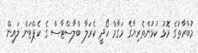
މުބާރާތުގެ މޮޅު ކުޅުންތެރިޔާގެ މަގާމް ހޯދީ ކެރަލާ ބްލާސްޓާސް ގެ ކެޕްޓަން ލައިން